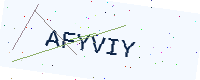
Text: AFYVIY